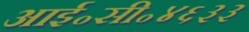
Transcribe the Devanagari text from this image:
आई॰सी॰४६३३